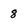
Character: 8